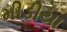
મીડીયા